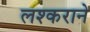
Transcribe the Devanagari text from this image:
लश्कराने